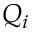
Q _ { i }